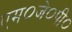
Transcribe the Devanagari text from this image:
एम०जे०पी०